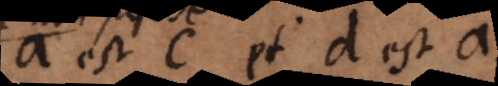
a est c, et d est a,